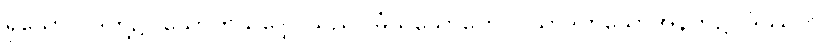
ရှိသော ပုဒ်တို့၌။ သောတသဒ္ဒေါ၊ သည်။ မံသသောတေ၊ ပသာဒဟူသောအနက်၌။ ဒိဿတိ၊